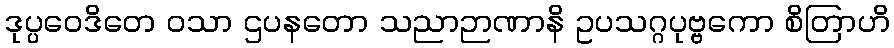
ဒုပ္ပဝေဒိတေ ဝသာ ဌပနတော သညာဉာဏာနိ ဥပသဂ္ဂပုဗ္ဗကော စိတြာဟိ